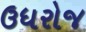
ઉધરોજ